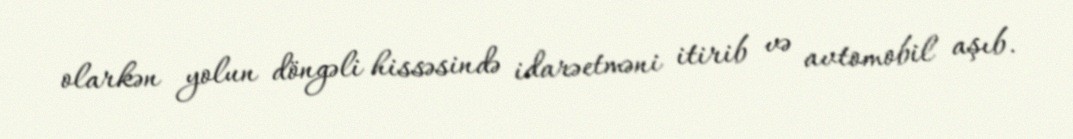
olarkən yolun döngəli hissəsində idarəetməni itirib və avtomobil aşıb.